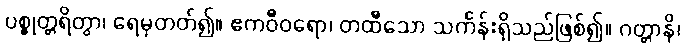
ပစ္စုတ္တရိတွာ၊ ရေမှတတ်၍။ ဧကဝီဝရော၊ တထီသော သင်္ကန်းရှိသည်ဖြစ်၍။ ဂတ္တာနိ၊